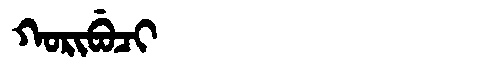
Manchu: ᡴᠣᡵᡳᠪᡠᠴᡳ
Romanization: KORIBUCI